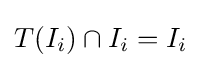
T(I_{i})\cap I_{i}=I_{i}